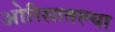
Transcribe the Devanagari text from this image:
ओरिसातल्या